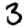
Digit: 3